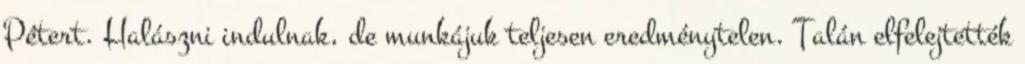
Pétert. Halászni indulnak, de munkájuk teljesen eredménytelen. Talán elfelejtették